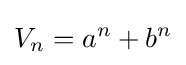
V_{n}=a^{n}+b^{n}